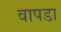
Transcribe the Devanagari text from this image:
वापडा